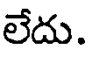
లేదు.